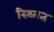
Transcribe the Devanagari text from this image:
स्थ्गित